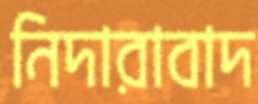
নিদারাবাদ